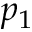
p _ { 1 }